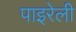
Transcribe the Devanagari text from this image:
पाइरेली